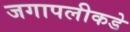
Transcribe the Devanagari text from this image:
जगापलीकडे